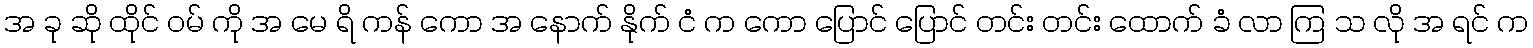
အ ခု ဆို ထိုင် ဝမ် ကို အ မေ ရိ ကန် ကော အ နောက် နိုက် ငံ က ကော ပြောင် ပြောင် တင်း တင်း ထောက် ခံ လာ ကြ သ လို အ ရင် က